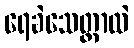
ရေခဲသေတ္တာထဲ